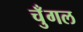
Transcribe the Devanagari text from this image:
चुँगल